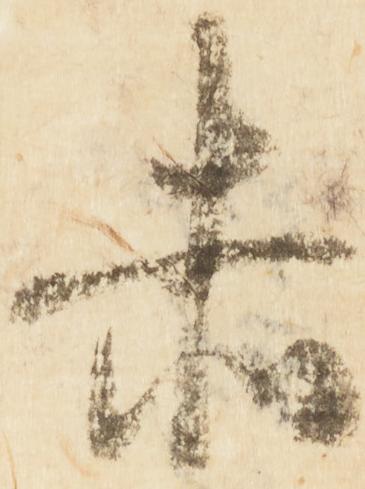
赤